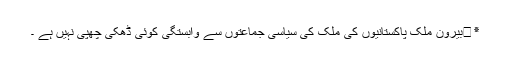
٭	بیرون ملک پاکستانیوں کی ملک کی سیاسی جماعتوں سے وابستگی کوئی ڈھکی چھپی نہیں ہے ۔